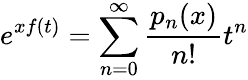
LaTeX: e^{xf(t)}=\sum_{n=0}^{\infty}{\frac{p_{n}(x)}{n!}}t^{n}